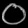
Digit: ၀